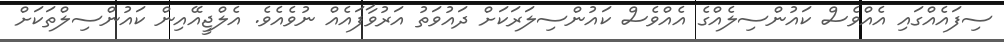
ސިފައެއްގައި އެއްވެސް ކައުންސިލެއްގެ އެއްވެސް ކައުންސިލަރަކަށް ދައުވަތު އަރުވާފައެއް ނުވެއެވެ. އެލްޖީއޭއިން ކައުންސިލްތަކަށް